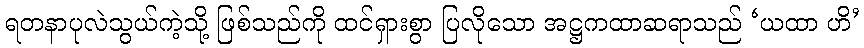
ရတနာပုလဲသွယ်ကဲ့သို့ ဖြစ်သည်ကို ထင်ရှားစွာ ပြလိုသော အဋ္ဌကထာဆရာသည် ‘ယထာ ဟိ’